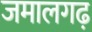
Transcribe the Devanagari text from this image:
जमालगढ़